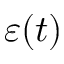
\varepsilon ( t )